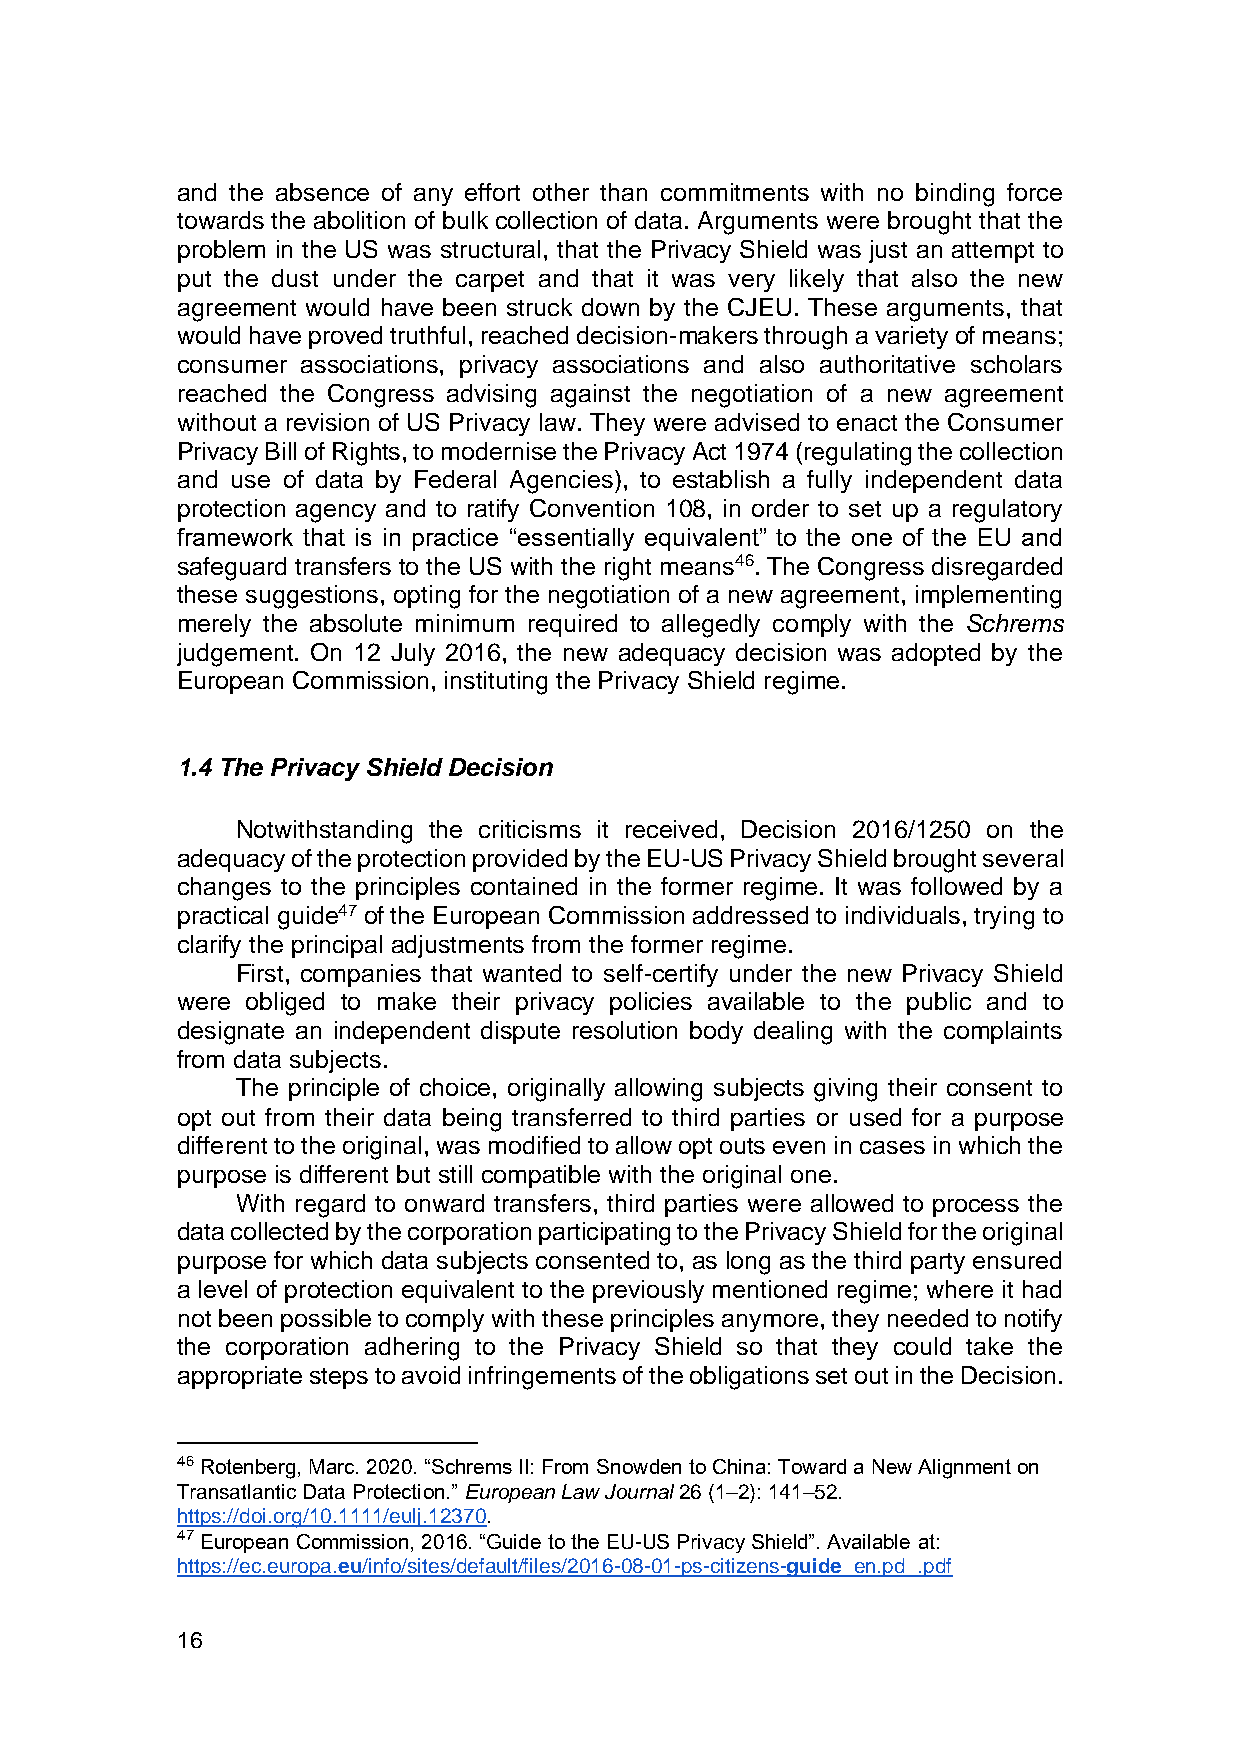
and the absence of any effort other than commitments with no binding force
 towards the abolition of bulk collection of data. Arguments were brought that the
 problem in the US was structural, that the Privacy Shield was just an attempt to
 put the dust under the carpet and that it was very likely that also the new
 agreement would have been struck down by the CJEU. These arguments, that
 would have proved truthful, reached decision-makers through a variety of means;
 consumer associations, privacy associations and also authoritative scholars
 reached the Congress advising against the negotiation of a new agreement
 without a revision of US Privacy law. They were advised to enact the Consumer
 Privacy Bill of Rights, to modernise the Privacy Act 1974 (regulating the collection
 and use of data by Federal Agencies), to establish a fully independent data
 protection agency and to ratify Convention 108, in order to set up a regulatory
 framework that is in practice “essentially equivalent” to the one of the EU and
 safeguard transfers to the US with the right means46. The Congress disregarded
 these suggestions, opting for the negotiation of a new agreement, implementing
 merely the absolute minimum required to allegedly comply with the Schrems
 judgement. On 12 July 2016, the new adequacy decision was adopted by the
 European Commission, instituting the Privacy Shield regime.
 1.4 The Privacy Shield Decision
 Notwithstanding the criticisms it received, Decision 2016/1250 on the
 adequacy of the protection provided by the EU-US Privacy Shield brought several
 changes to the principles contained in the former regime. It was followed by a
 practical guide47 of the European Commission addressed to individuals, trying to
 clarify the principal adjustments from the former regime.
 First, companies that wanted to self-certify under the new Privacy Shield
 were obliged to make their privacy policies available to the public and to
 designate an independent dispute resolution body dealing with the complaints
 from data subjects.
 The principle of choice, originally allowing subjects giving their consent to
 opt out from their data being transferred to third parties or used for a purpose
 different to the original, was modified to allow opt outs even in cases in which the
 purpose is different but still compatible with the original one.
 With regard to onward transfers, third parties were allowed to process the
 data collected by the corporation participating to the Privacy Shield for the original
 purpose for which data subjects consented to, as long as the third party ensured
 a level of protection equivalent to the previously mentioned regime; where it had
 not been possible to comply with these principles anymore, they needed to notify
 the corporation adhering to the Privacy Shield so that they could take the
 appropriate steps to avoid infringements of the obligations set out in the Decision.
 46 Rotenberg, Marc. 2020. “Schrems II: From Snowden to China: Toward a New Alignment on
 Transatlantic Data Protection.” European Law Journal 26 (1–2): 141–52.
 https://doi.org/10.1111/eulj.12370.
 47 European Commission, 2016. “Guide to the EU-US Privacy Shield”. Available at:
 https://ec.europa.eu/info/sites/default/files/2016-08-01-ps-citizens-guide_en.pd_.pdf
 16